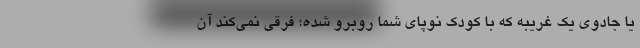
یا جادوی یک غریبه که با کودک نوپای شما روبرو شده؛ فرقی نمی‌کند آن